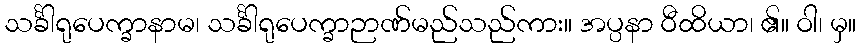
သင်္ခါရုပေက္ခာနာမ၊ သင်္ခါရုပေက္ခာဉာဏ်မည်သည်ကား။ အပ္ပနာ ဝီထိယာ၊ ၏။ ဝါ၊ မှ။